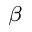
_ \beta